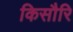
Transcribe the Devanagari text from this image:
किसौरि